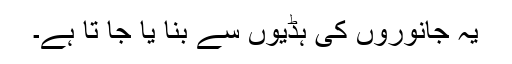
یہ جانوروں کی ہڈیوں سے بنا یا جا تا ہے۔